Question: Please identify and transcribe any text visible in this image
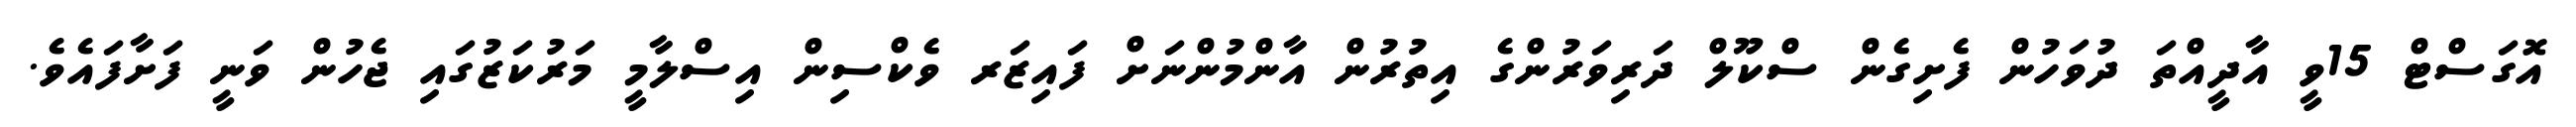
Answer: އޮގަސްޓް 15ވީ އާދީއްތަ ދުވަހުން ފެށިގެން ސްކޫލް ދަރިވަރުންގެ އިތުރުން އާންމުންނަށް ފައިޒަރ ވެކްސިން އިސްލާމީ މަރުކަޒުގައި ޖެހުން ވަނީ ފަށާފައެވެ.